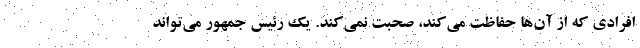
افرادی که از آن‌ها حفاظت می‌کند، صحبت نمی‌کند. یک رئیس جمهور می‌تواند